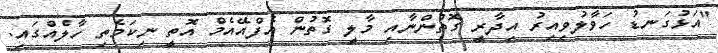
"އަޅުގަނޑު ހަވާލުވިއިރު އިދާރީ ގޮތުންނާއި މާލީ ގޮތުން އެފްއޭއެމް އޮތީ ނިކަމެތި ހާލެއްގައި.